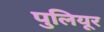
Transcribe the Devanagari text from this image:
पुलियूर